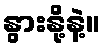
နွားနို့နဲ့။